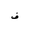
Letter: _fa